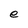
Character: e